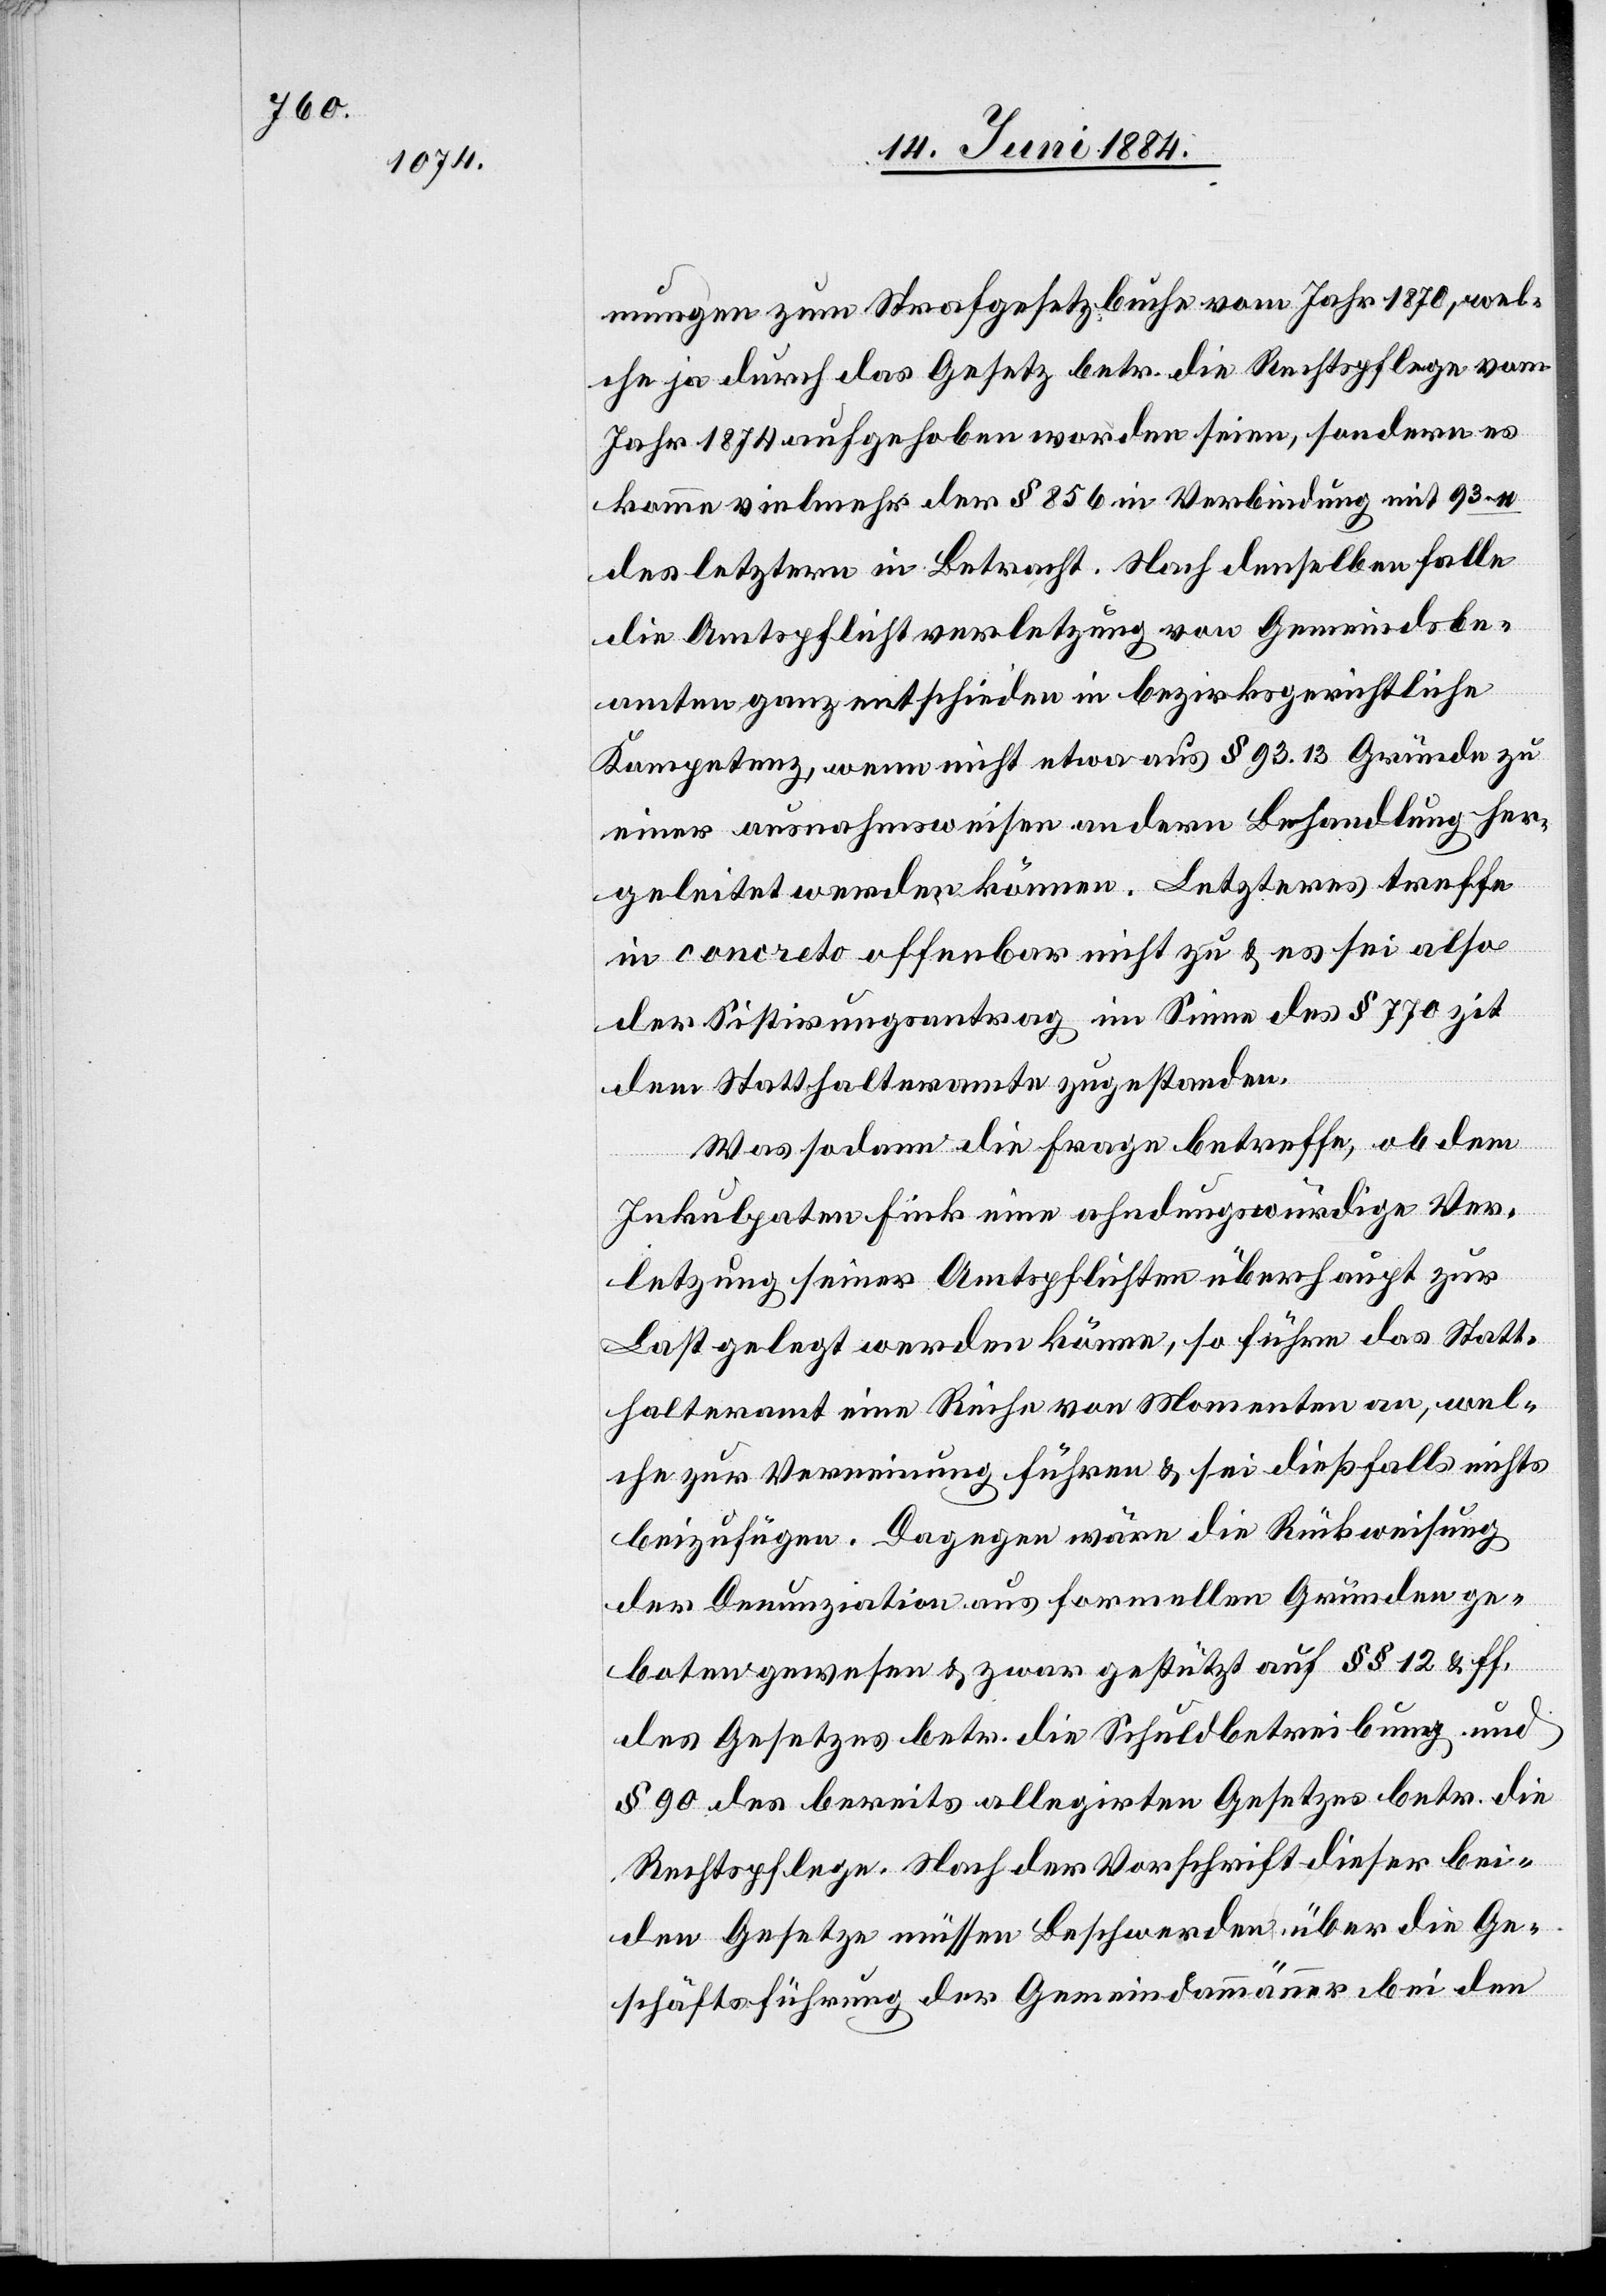
mungen zum Strafgesetzbuche vom Jahr 1870, wel¬
che ja durch das Gesetz betr. die Rechtspflege vom
Jahr 1874 aufgehoben worden seien, sondern es
komme vielmehr der § 856 in Verbindung mit [?93.11]
des letztern in Betracht. Nach demselben falle
die Amtspflichtverletzung von Gemeindsbe¬
amten ganz entschieden in bezirksgerichtliche
Kompetenz, wenn nicht etwa aus § 93.13 Gründe zu
einer ausnahmsweisen andern Behandlung her¬
geleitet werden können. Letzteres treffe
in concreto offenbar nicht zu & es sei also
der Sistirungsantrag im Sinne des § 770 zit
Statthalteramte zugestanden.
Was sodann die Frage betreffe, ob dem
Inkulpaten Fink eine ahndungswürdige Ver¬
letzung seiner Amtspflicht überhaupt zur
Last gelegt werden könne, so führe das Statt¬
halteramt eine Reihe von Momenten an, wel¬
che zur Vereinigung führen & sei dießfalls nichts
beizufügen. Dagegen wäre die Rückweisung
der Denunziation aus formellen Gründen ge¬
boten gewesen & zwar gestützt auf §§ 12 & ff.
des Gesetzes betr. die Schuldbetreibung und
§ 90 des bereits allegirten Gesetzes betr. die
Rechtspflege. Nach der Vorschrift dieser bei¬
den Gesetze müssen Beschwerden über die Ge¬
schäftsführung der Gemeindammänner bei den